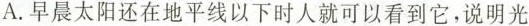
A.早晨太阳还在地平线以下时人就可以看到它，说明光